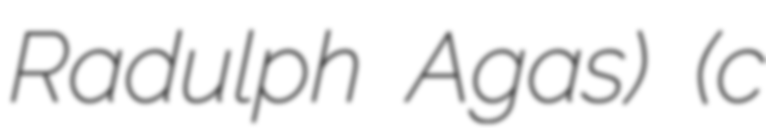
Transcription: Radulph Agas) (c